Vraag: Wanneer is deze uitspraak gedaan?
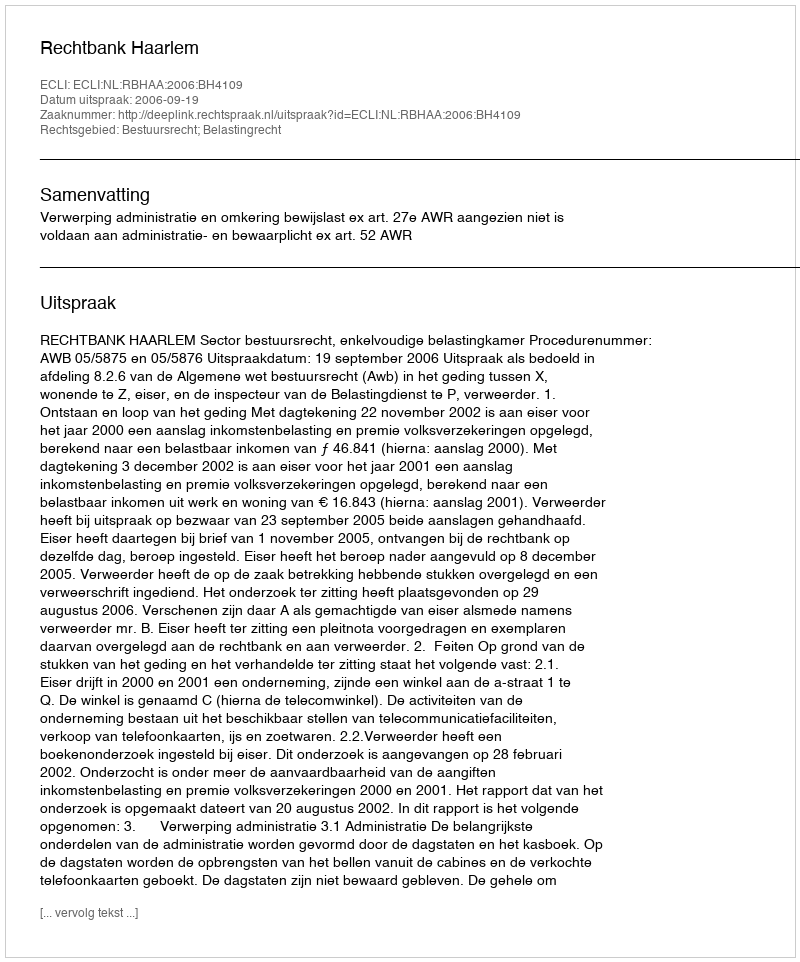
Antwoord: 2006-09-19